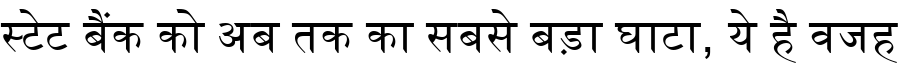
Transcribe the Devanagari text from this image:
स्टेट बैंक को अब तक का सबसे बड़ा घाटा, ये है वजह